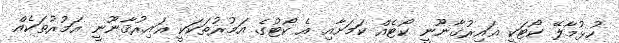
ހުޅުމާލޭ ކޯޓަކީ ޣައިރުޤާނޫނީ ކޯޓެއް ކަމަށާއި އެ ކޯޓުގެ އަމުރުތަކަކީ ޣައިރުޤާނޫނީ އަމުރުތަކެއް